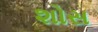
શોસ